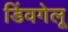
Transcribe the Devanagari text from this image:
डिंवगेलू